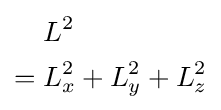
{\begin{aligned}&L^{2}\\={}&L_{x}^{2}+L_{y}^{2}+L_{z}^{2}\end{aligned}}